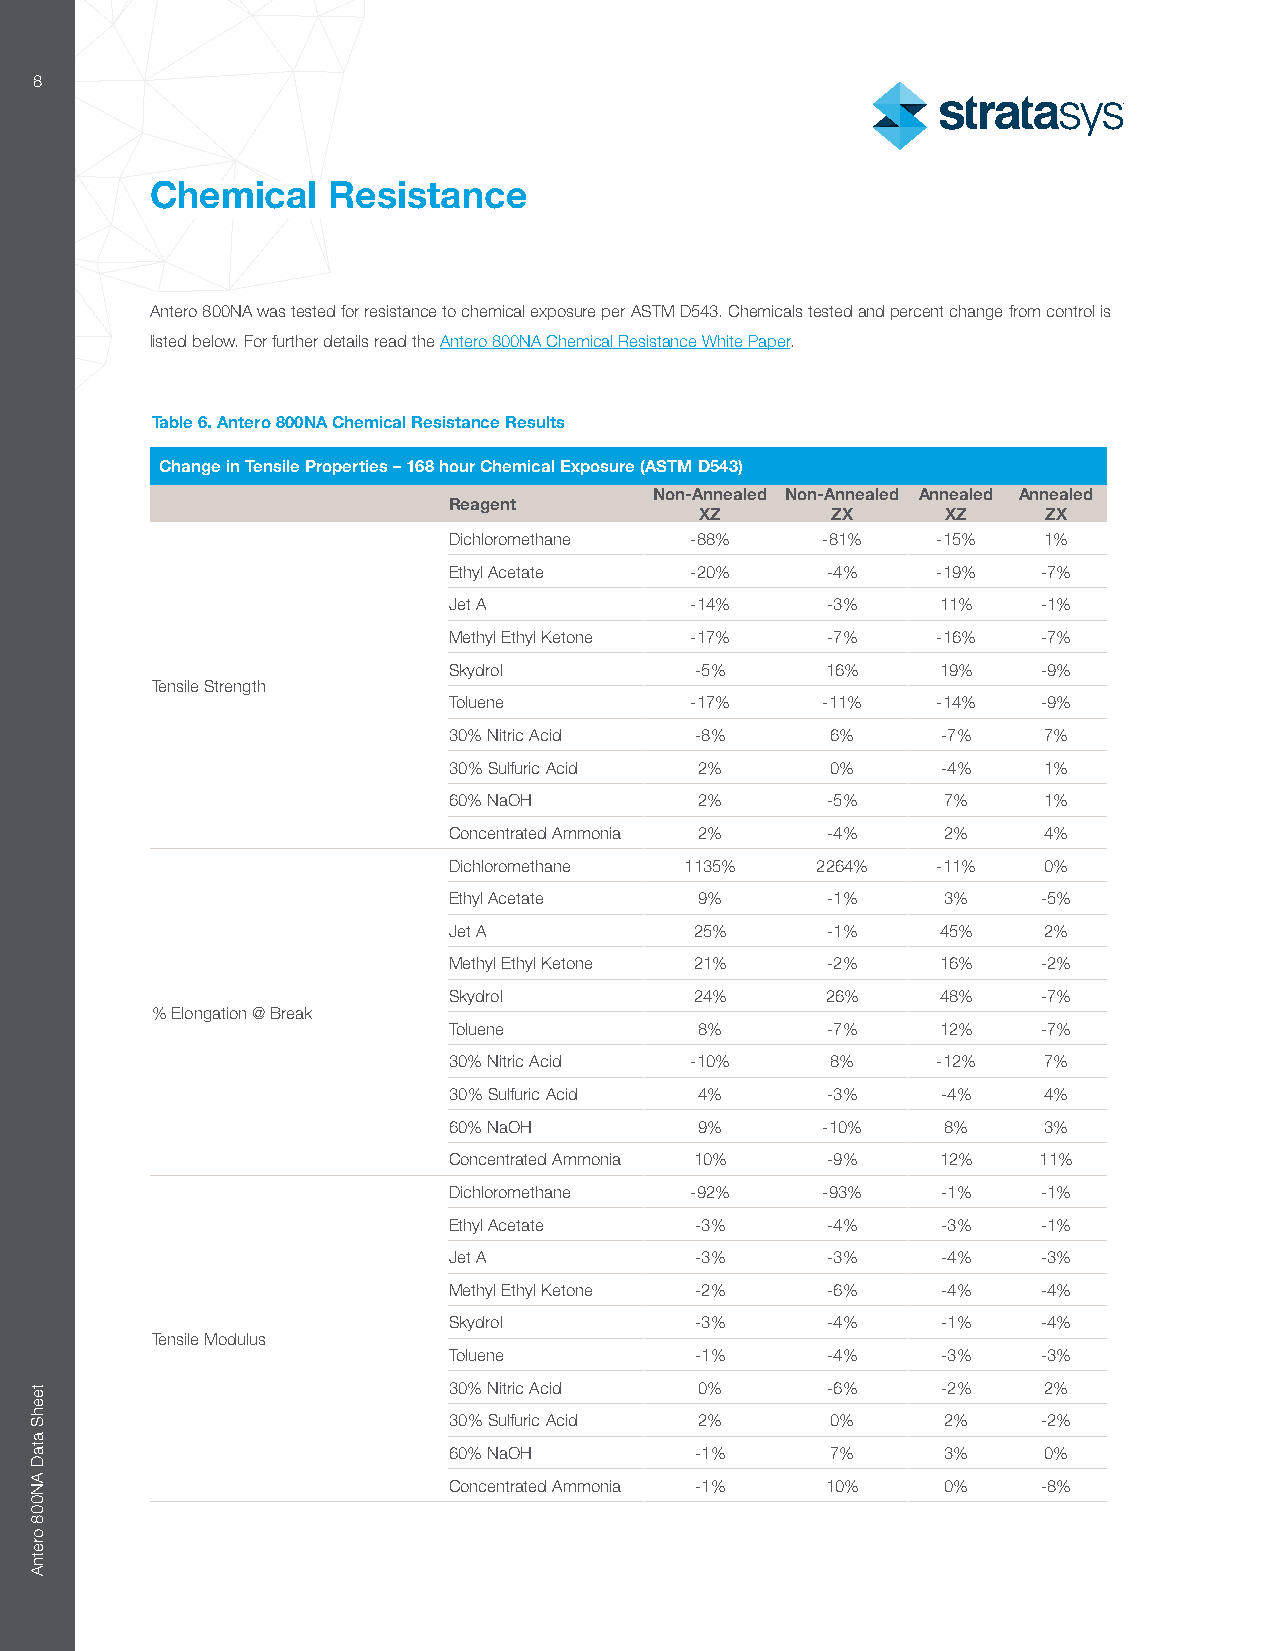
8
 Chemical    Resistance
 Antero 800NA was tested for resistance to chemical exposure per ASTM D543. Chemicals tested and percent change from control is
 listed below. For further details read the Antero 800NA Chemical Resistance White Paper.
 Table 6. Antero 800NA Chemical Resistance Results
 Change in Tensile Properties – 168 hour Chemical Exposure (ASTM D543)
 Non-Annealed Non-Annealed Annealed Annealed
 Reagent
 XZ       ZX      XZ    ZX
 Dichloromethane -88%    -81%    -15%   1%
 Ethyl Acetate   -20%     -4%    -19%   -7%
 Jet A           -14%     -3%    11%    -1%
 Methyl Ethyl Ketone -17% -7%    -16%   -7%
 Skydrol         -5%      16%    19%    -9%
 Tensile Strength
 Toluene         -17%    -11%    -14%   -9%
 30% Nitric Acid -8%      6%     -7%    7%
 30% Sulfuric Acid 2%     0%     -4%    1%
 60% NaOH        2%       -5%     7%    1%
 Concentrated Ammonia 2%  -4%     2%    4%
 Dichloromethane 1135%   2264%   -11%   0%
 Ethyl Acetate   9%       -1%     3%    -5%
 Jet A           25%      -1%    45%    2%
 Methyl Ethyl Ketone 21%  -2%    16%    -2%
 Skydrol         24%      26%    48%    -7%
 % Elongation @ Break
 Toluene         8%       -7%    12%    -7%
 30% Nitric Acid -10%     8%     -12%   7%
 30% Sulfuric Acid 4%     -3%    -4%    4%
 60% NaOH        9%      -10%     8%    3%
 Concentrated Ammonia 10% -9%    12%    11%
 Dichloromethane -92%    -93%    -1%    -1%
 Ethyl Acetate   -3%      -4%    -3%    -1%
 Jet A           -3%      -3%    -4%    -3%
 Methyl Ethyl Ketone -2%  -6%    -4%    -4%
 Skydrol         -3%      -4%    -1%    -4%
 Tensile Modulus
 Toluene         -1%      -4%    -3%    -3%
 30% Nitric Acid 0%       -6%    -2%    2%
 30% Sulfuric Acid 2%     0%      2%    -2%
 60% NaOH        -1%      7%      3%    0%
 Concentrated Ammonia -1% 10%     0%    -8%
 teehS
 ataD
 AN008
 oretnA